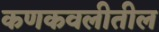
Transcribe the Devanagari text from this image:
कणकवलीतील